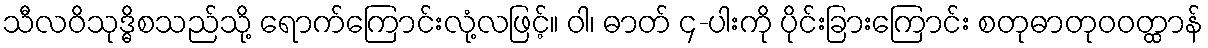
သီလဝိသုဒ္ဓိစသည်သို့ ရောက်ကြောင်းလုံ့လဖြင့်။ ဝါ၊ ဓာတ် ၄-ပါးကို ပိုင်းခြားကြောင်း စတုဓာတုဝဝတ္ထာန်